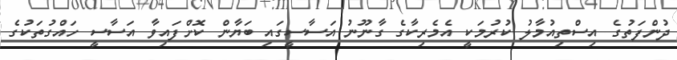
ދުންފަތުގެ އިސްތިއުމާލު ކުރުމަކީ އެމެރިކާގެ ގާނޫނު އަސާސީގައި ބަޔާން ކޮށްފައިވާ އަސާސީ ހައްގުތަކުގެ